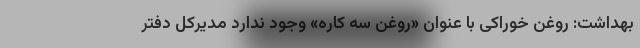
بهداشت: روغن خوراکی با عنوان «روغن سه کاره» وجود ندارد مدیرکل دفتر